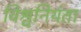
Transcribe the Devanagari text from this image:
विश्वनियंता